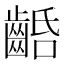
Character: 𪘢